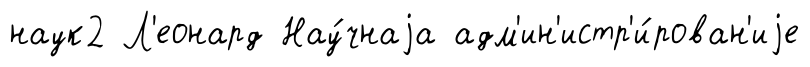
наук2 Л'еонард Нау́чнаjа адм'ин'истр'и́рован'иjе